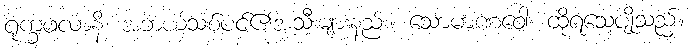
ရုက္ခဖလာနိ၊ အဘယ်သစ်ပင်၏အသီးများနည်း။ သောမာဏဝေါ၊ ထိုရသေ့ပျိုသည်။